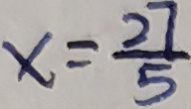
x = \frac { 2 7 } { 5 }